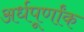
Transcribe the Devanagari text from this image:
अर्धपूर्णांक